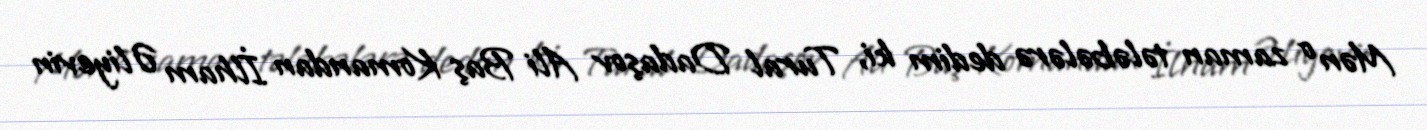
Mən o zaman tələbələrə dedim ki, Tural Dadaşov Ali Baş Komandan İlham Əliyevin